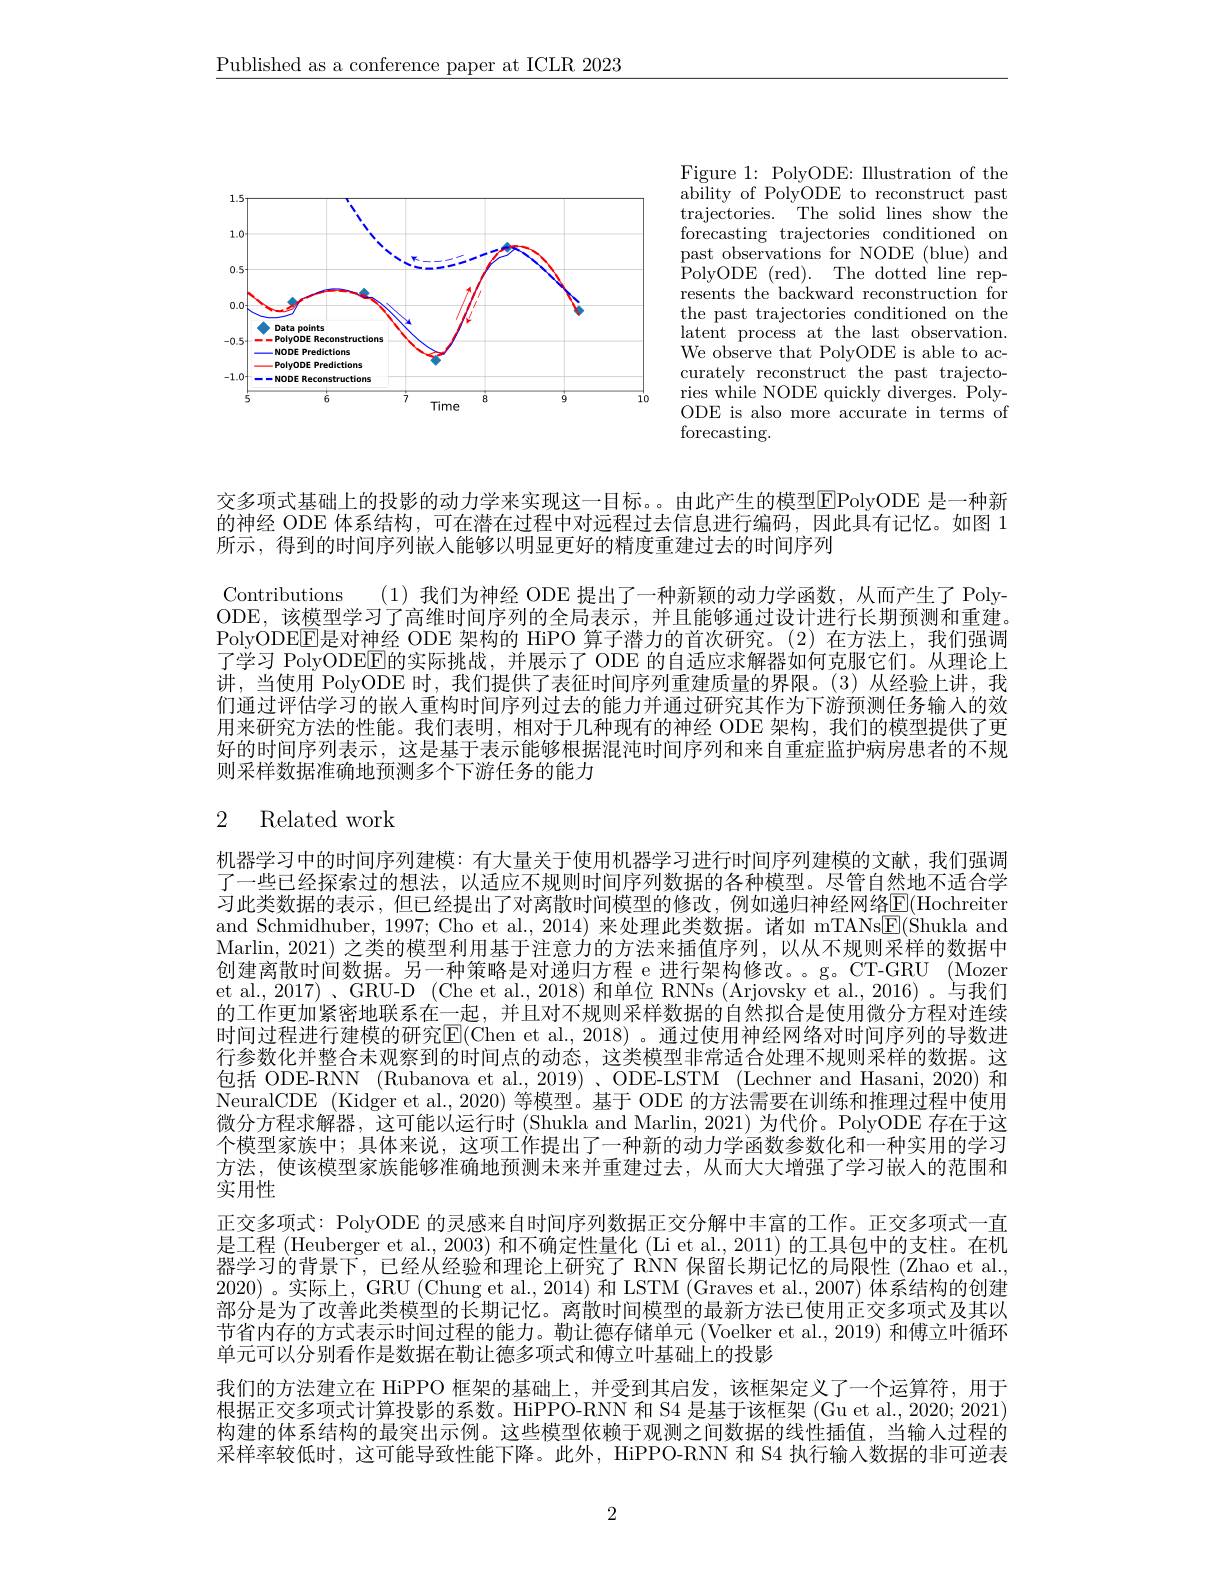
$\underline{\text{Published as a conference paper at ICLR 2023}}$

<FigureHere>

Figure 1: PolyODE: Illustration of the ability of PolyODE to reconstruct past trajectories. The solid lines show the forecasting trajectories conditioned on past observations for NODE (blue) and resents the backward reconstruction for the past trajectories conditioned on the $\operatorname*{latent}_{\mathrm{~I}}$process at the last observation. We observe that PolyODE is able to accurately reconstruct the past trajectories while NODE quickly diverges. PolyODE is also more accurate in terms of forecasting.

交多项式基础上的投影的动力学来实现这一目标。。由此产生的模型$\boxed{\mathrm{F}}$PolyODE 是一种新的神经 ODE 体系结构，可在潜在过程中对远程过去信息进行编码，因此具有记忆。如图 1所示，得到的时间序列嵌入能够以明显更好的精度重建过去的时间序列

Contributions (1)我们为神经 ODE 提出了一种新颖的动力学函数，从而产生了 PolyODE,该模型学习了高维时间序列的全局表示，并且能够通过设计进行长期预测和重建。PolyODE$\overline{\mathrm{E}}$是对神经 ODE 架构的 HiPO 算子潜力的首次研究。(2)在方法上，我们强调了学习 PolyODEE$\overline{\text{E的实际挑战，并展示了 ODE 的自适应求解器如何克服它们。从理论上}}$ 讲，当使用 PolyODE 时，我们提供了表征时间序列重建质量的界限。(3)从经验上讲，我们通过评估学习的嵌人重构时间序列过去的能力并通过研究其作为下游预测任务输入的效用来研究方法的性能。我们表明，相对于几种现有的神经 ODE 架构，我们的模型提供了更好的时间序列表示，这是基于表示能够根据混沌时间序列和来自重症监护病房患者的不规则采样数据准确地预测多个下游任务的能力

## 2 Related work

机器学习中的时间序列建模：有大量关于使用机器学习进行时间序列建模的文献，我们强调了一些已经探索过的想法，以适应不规则时间序列数据的各种模型。尽管自然地不适合学习此类数据的表示 , 但已经提出了对离散时间模型的修改，例如递归神经网络$\underline{\mathrm{E}}($Hochreiter and Schmidhuber, 1997; Cho et al., 2014) 来处理此类数据。诸如 mTANs$\underline{\mathrm{E}}(\dot{\text{Shukla and}}$ Marlin, 2021) 之类的模型利用基于注意力的方法来插值序列，以从不规则采样的数据中创建离散时间数据。另一种策略是对递归方程 e 进行架构修改。。g。CT-GRU (Mozer et al., 2017) 、GRU-D (Che et al., 2018) 和单位 RNNs (Arjovsky et al., 2016) 。与我们的工作更加紧密地联系在一起，并且对不规则采样数据的自然拟合是使用微分方程对连续时间过程进行建模的研究|E(Chen et al., 2018) 。通过使用神经网络对时间序列的导数进行参数化并整合未观察到的时间点的动态，这类模型非常适合处理不规则采样的数据。这包括 ODE-RNN (Rubanova et al., 2019)、ODE-LSTM (Lechner and Hasani, 2020) 和NeuralCDE (Kidger et al., 2020) 等模型。基于 ODE 的方法需要在训练和推理过程中使用微分方程求解器，这可能以运行时 (Shukla and Marlin, 2021) 为代价。PolyODE 存在于这个模型家族中；具体来说，这项工作提出了一种新的动力学函数参数化和一种实用的学习方法，使该模型家族能够准确地预测未来并重建过去，从而大大增强了学习嵌人的范围和实用性
正交多项式：PolyODE 的灵感来自时间序列数据正交分解中丰富的工作。正交多项式一直是工程 (Heuberger et al., 2003) 和不确定性量化 (Li et al., 2011) 的工具包中的支柱。在机器学习的背景下，已经从经验和理论上研究了 RNN 保留长期记忆的局限性 (Zhao et al., 2020)。实际上，GRU (Chung et al., 2014) 和 LSTM (Graves et al., 2007) 体系结构的创建部分是为了改善此类模型的长期记忆。离散时间模型的最新方法已使用正交多项式及其以节省内存的方式表示时间过程的能力。勒让德存储单元 (Voelker et al., 2019) 和傅立叶循环单元可以分别看作是数据在勒让德多项式和傅立叶基础上的投影
我们的方法建立在 HiPPO 框架的基础上，并受到其启发，该框架定义了一个运算符，用于根据正交多项式计算投影的系数。HiPPO-RNN 和 S4 是基于该框架 (Gu et al., 2020; 2021) 构建的体系结构的最突出示例。这些模型依赖于观测之间数据的线性插值，当输人过程的采样率较低时，这可能导致性能下降。此外，HiPPO-RNN 和 S4 执行输人数据的非可逆表

2